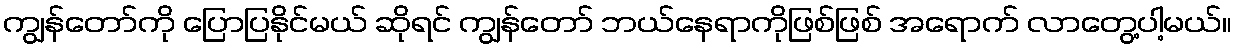
ကျွန်တော်ကို ပြောပြနိုင်မယ် ဆိုရင် ကျွန်တော် ဘယ်နေရာကိုဖြစ်ဖြစ် အရောက် လာတွေ့ပါ့မယ်။